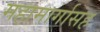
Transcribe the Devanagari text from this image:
महामार्गासह